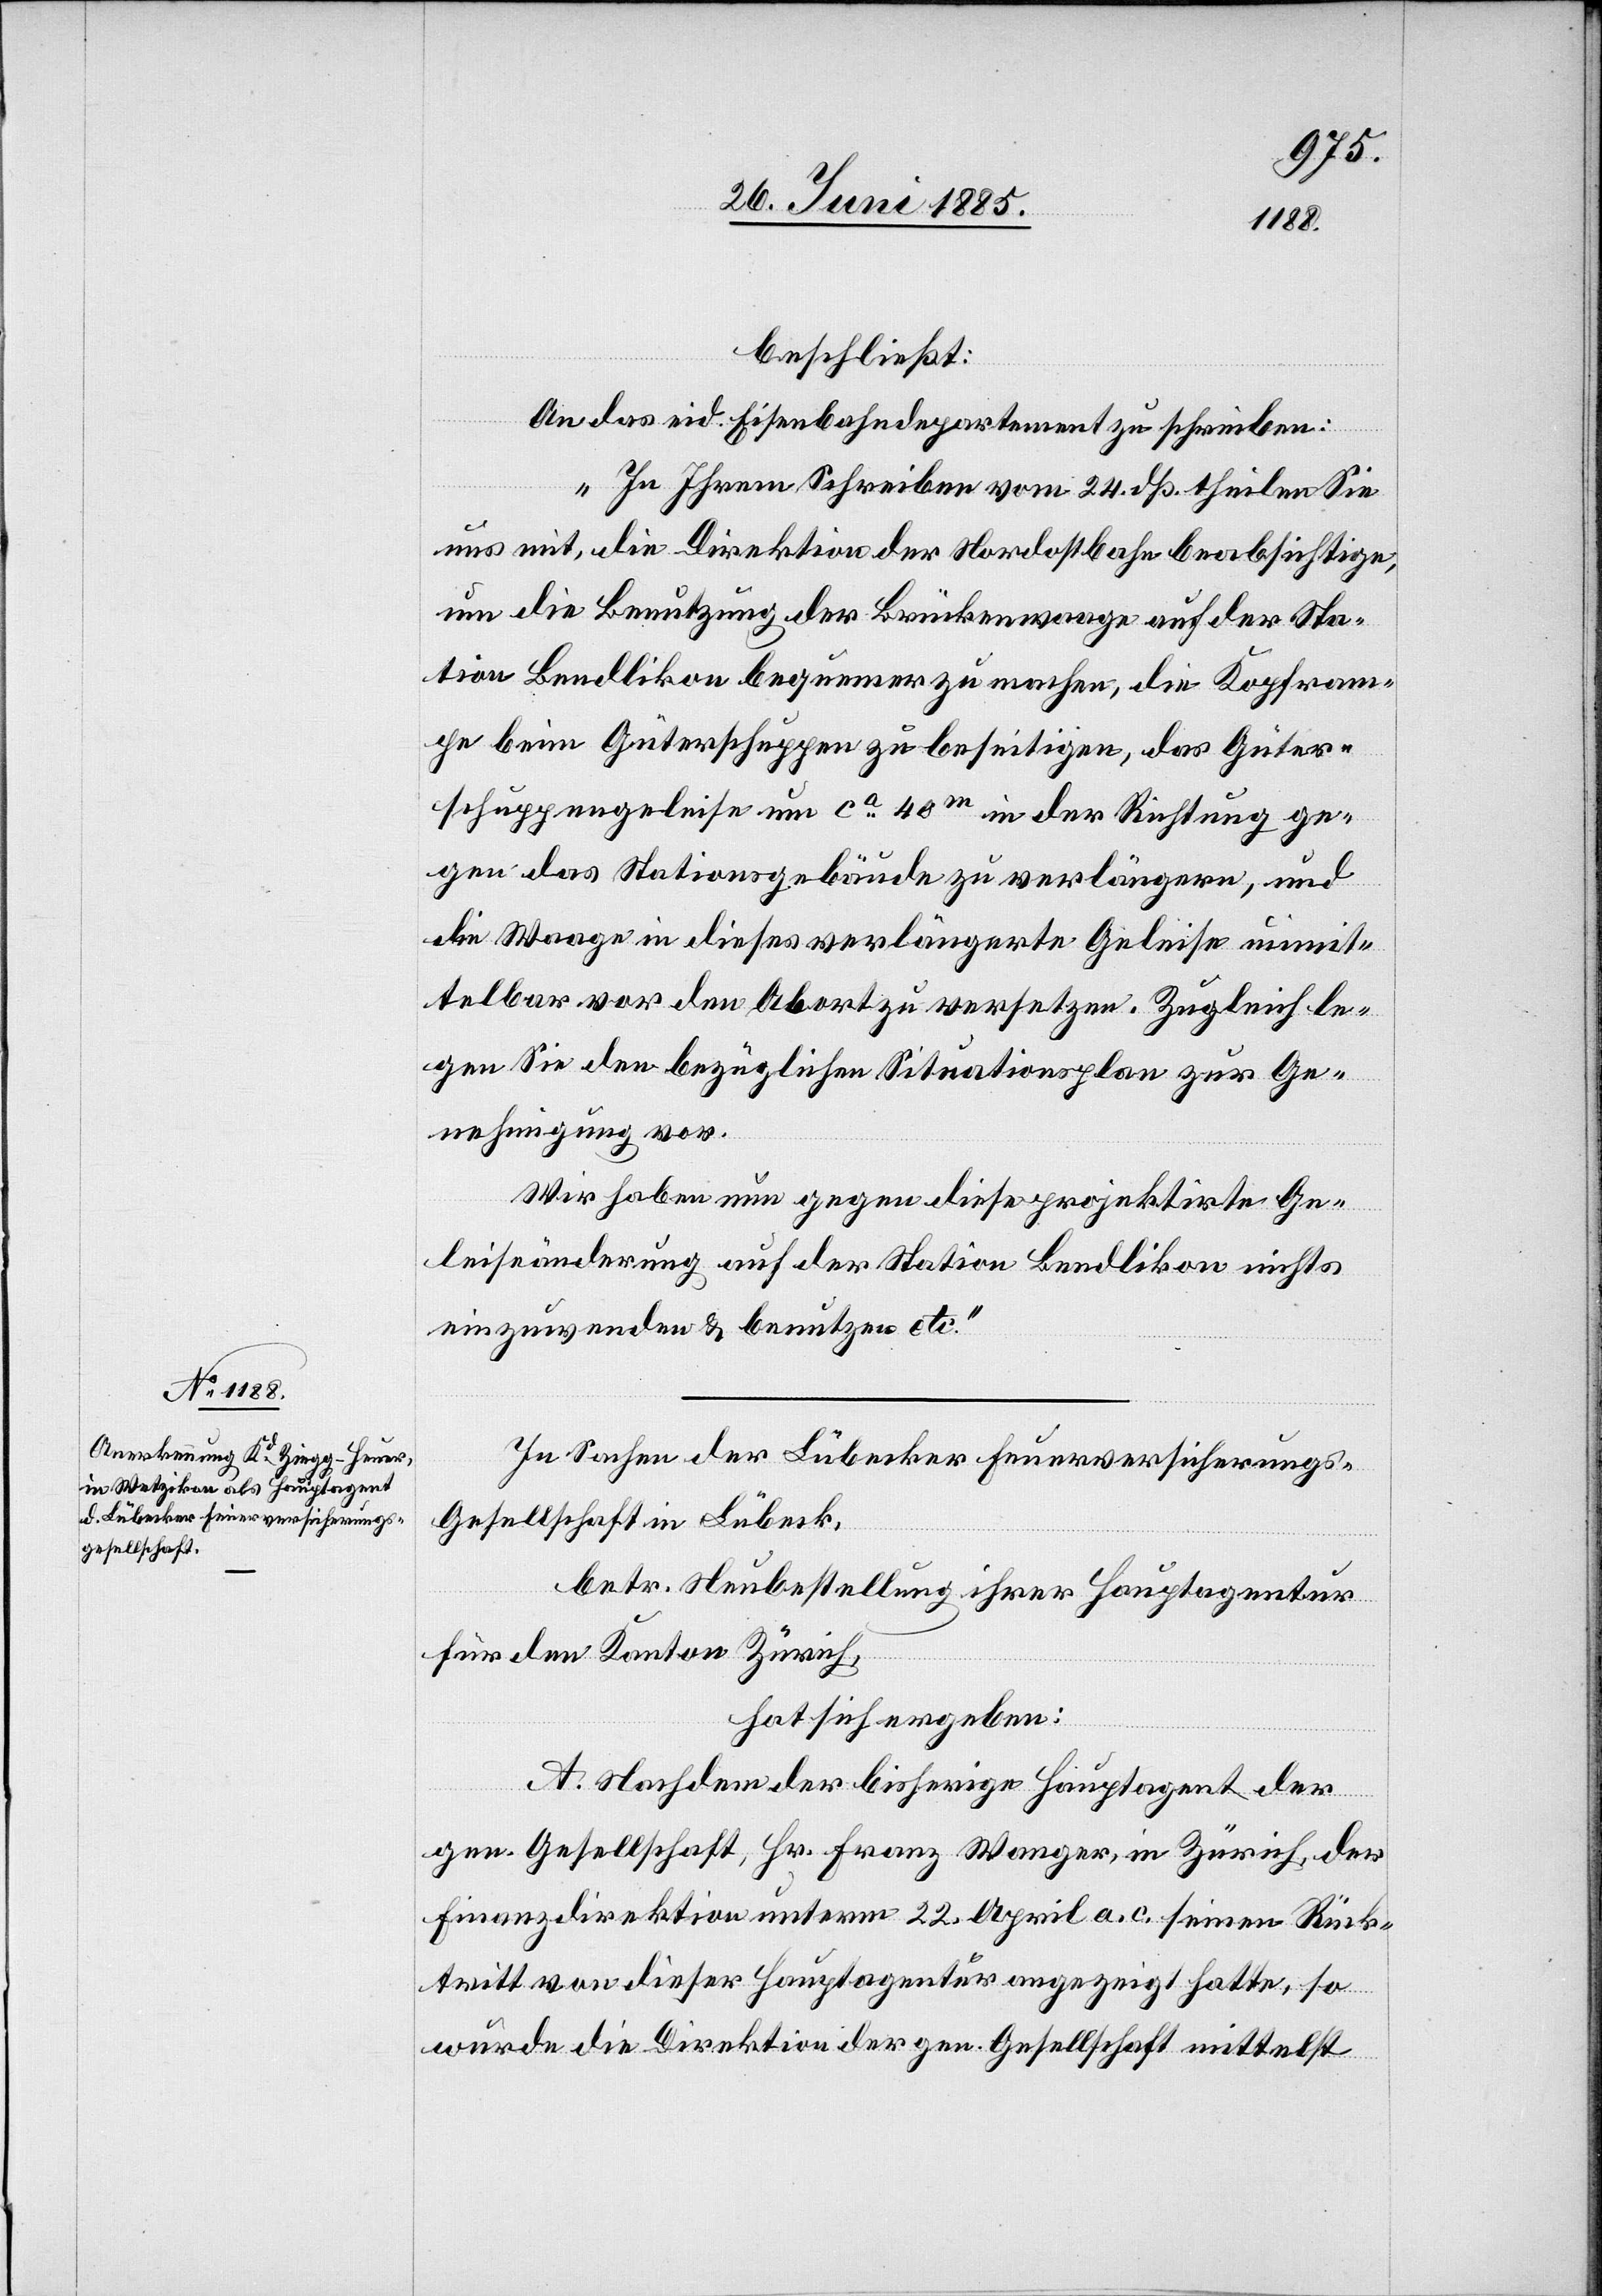
esellschaft

beschließt:
An das eid. Eisenbahndepartement zu schreiben:
„In Ihrem Schreiben vom 24. dß. theilen Sie
uns mit, die Direktion der Nordostbahn beabsichtige,
um die Benutzung der Brückenwaage auf der Sta¬
tion Bendlikon bequemer zu machen, die Kopfram¬
pe beim Güterschuppen zu beseitigen, das Güter¬
schuppengeleise um ca 40 m in der Richtung ge¬
gen das Stationsgebäude zu verlängern, und
die Waage in dieses verlängerte Geleise unmit¬
telbar vor den Abort zu versetzen. Zugleich le¬
gen Sie den bezüglichen Situationsplan zur Ge¬
nehmigung vor.
Wir haben nun gegen diese projektirte Ge¬
leiseänderung auf der Station Bendlikon nichts
einzuwenden & benutzen etc.“
In Sachen der Lübecker Feuerversicherungs-G¬
betr. Neubestellung ihrer Hauptagentur
für den Kanton Zürich,
hat sich ergeben:
A. Nachdem der bisherige Hauptagent der
gen. Gesellschaft, Hr. Franz Wanger, in Zürich, der
Finanzdirektion unterm 22. April a. c. seinen Rück¬
tritt von dieser Hauptagentur angezeigt hatte, so
wurde die Direktion der gen. Gesellschaft mittelst